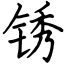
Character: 锈